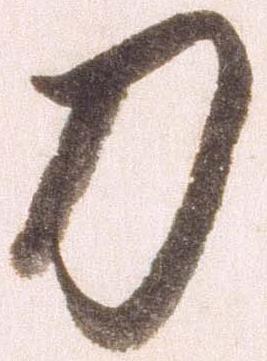
刀